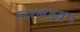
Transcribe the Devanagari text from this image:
स्टरलडब्रग